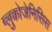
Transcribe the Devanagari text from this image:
ग्लुकोजेनिसिस